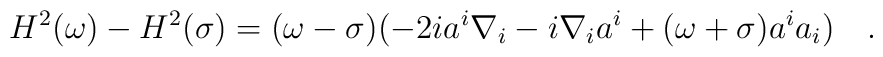
H^2(\omega)-H^2(\sigma)=(\omega-\sigma)(-2ia^i\nabla_i-i\nabla_i a^i+ (\omega+\sigma)a^ia_i)~~~.